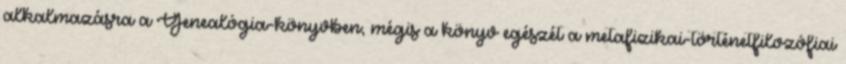
alkalmazásra a Genealógia-könyvben, mégis a könyv egészét a metafizikai-történetfilozófiai